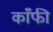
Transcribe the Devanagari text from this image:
काँफी